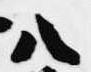
八